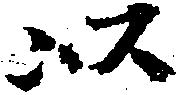
以